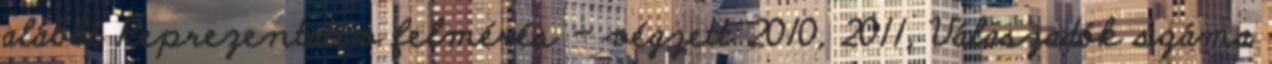
alábbi Reprezentatív felmérés - végzett 2010, 2011, Válaszadók száma